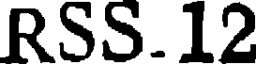
RSS.12